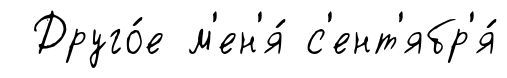
Друго́е м'ен'я́ с'ент'ябр'я́